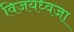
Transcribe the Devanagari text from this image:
विजयध्वजा